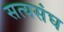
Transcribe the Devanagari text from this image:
सत्यसंघ